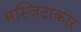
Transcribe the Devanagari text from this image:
मस्जिदाकार